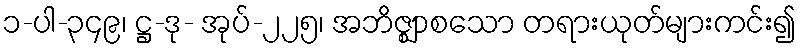
၁-ပါ-၃၄၉၊ ဋ္ဌ-ဒု- အုပ်-၂၂၅၊ အဘိဇ္ဈာစသော တရားယုတ်များကင်း၍